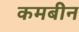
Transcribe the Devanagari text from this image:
कमबीन